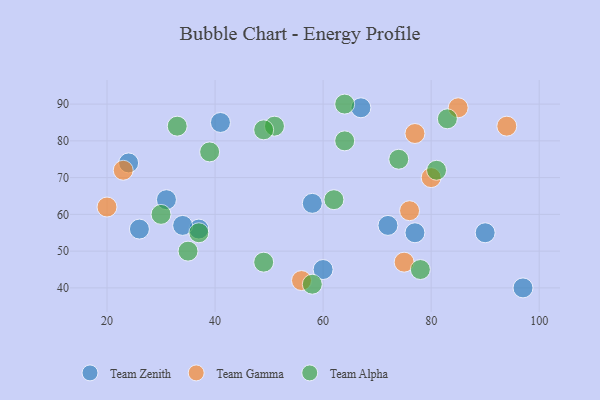
{"axis": {"x": "GDP", "y": "Life Expectancy"}, "legend": ["Team Alpha", "Team Gamma", "Team Zenith"], "data": [{"x": "41", "y": 85, "type": "Team Zenith"}, {"x": "58", "y": 63, "type": "Team Zenith"}, {"x": "37", "y": 56, "type": "Team Zenith"}, {"x": "60", "y": 45, "type": "Team Zenith"}, {"x": "90", "y": 55, "type": "Team Zenith"}, {"x": "31", "y": 64, "type": "Team Zenith"}, {"x": "72", "y": 57, "type": "Team Zenith"}, {"x": "24", "y": 74, "type": "Team Zenith"}, {"x": "97", "y": 40, "type": "Team Zenith"}, {"x": "67", "y": 89, "type": "Team Zenith"}, {"x": "34", "y": 57, "type": "Team Zenith"}, {"x": "26", "y": 56, "type": "Team Zenith"}, {"x": "77", "y": 55, "type": "Team Zenith"}, {"x": "56", "y": 42, "type": "Team Gamma"}, {"x": "23", "y": 72, "type": "Team Gamma"}, {"x": "77", "y": 82, "type": "Team Gamma"}, {"x": "20", "y": 62, "type": "Team Gamma"}, {"x": "80", "y": 70, "type": "Team Gamma"}, {"x": "85", "y": 89, "type": "Team Gamma"}, {"x": "75", "y": 47, "type": "Team Gamma"}, {"x": "76", "y": 61, "type": "Team Gamma"}, {"x": "94", "y": 84, "type": "Team Gamma"}, {"x": "35", "y": 50, "type": "Team Alpha"}, {"x": "64", "y": 90, "type": "Team Alpha"}, {"x": "58", "y": 41, "type": "Team Alpha"}, {"x": "33", "y": 84, "type": "Team Alpha"}, {"x": "81", "y": 72, "type": "Team Alpha"}, {"x": "51", "y": 84, "type": "Team Alpha"}, {"x": "83", "y": 86, "type": "Team Alpha"}, {"x": "62", "y": 64, "type": "Team Alpha"}, {"x": "64", "y": 80, "type": "Team Alpha"}, {"x": "30", "y": 60, "type": "Team Alpha"}, {"x": "39", "y": 77, "type": "Team Alpha"}, {"x": "78", "y": 45, "type": "Team Alpha"}, {"x": "37", "y": 55, "type": "Team Alpha"}, {"x": "74", "y": 75, "type": "Team Alpha"}, {"x": "49", "y": 83, "type": "Team Alpha"}, {"x": "49", "y": 47, "type": "Team Alpha"}]}